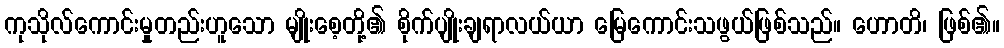
ကုသိုလ်ကောင်းမှုတည်းဟူသော မျိုးစေ့တို့၏ စိုက်ပျိုးချရာလယ်ယာ မြေကောင်းသဖွယ်ဖြစ်သည်။ ဟောတိ၊ ဖြစ်၏။